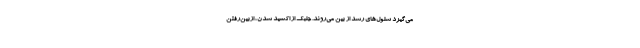
می‌گیرد سلول‌های رشد از بین می‌روند. جلبک از اکسید شدن، ازبین‌رفتن